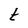
Character: t